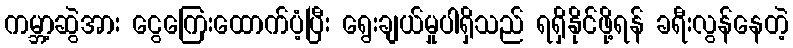
ကမ္ဘာ့ဆွဲအား ငွေကြေးထောက်ပံ့ပြီး ရွေးချယ်မှုပါရှိသည် ရရှိနိုင်ဖို့ရန် ခရီးလွန်နေတဲ့